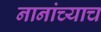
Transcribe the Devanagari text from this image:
नानांच्याच